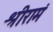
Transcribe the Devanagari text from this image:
श्रीरामं